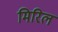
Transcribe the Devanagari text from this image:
मिरिल